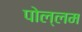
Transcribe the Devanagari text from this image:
पोल्लम